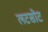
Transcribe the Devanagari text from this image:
लटसोट